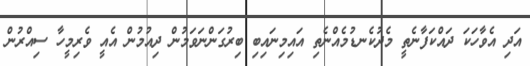
އަދި އެވާހަކަ ދައްކަފާނެތީ މެދުކެނޑުމެއްނެތި އައިމިނައިބި ބިރުގަންނަވަމުން ދިއުމުން އެއީ ވެރިމީހާ ސިއްރުން